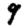
Digit: 9